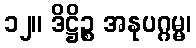
၁၂။ ဒိဋ္ဌိဉ္စ အနုပဂ္ဂမ္မ၊